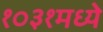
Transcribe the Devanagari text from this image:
१०३१मध्ये